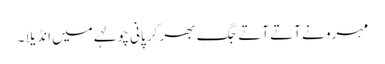
مہرو نے آتے آتے جگ بھر کر پانی چولہے میں انڈیلا ۔